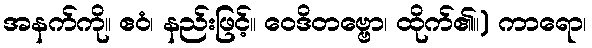
အနက်ကို။ ဧဝံ၊ နည်းဖြင့်။ ဝေဒိတဗ္ဗော၊ ထိုက်၏။) ကာရော၊